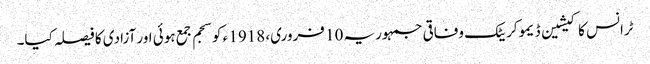
ٹرانس کاکیشین ڈیموکریٹک وفاقی جمہوریہ 10 فروری، 1918 ء کو سجم جمع ہوئی اور آزادی کا فیصلہ کیا۔